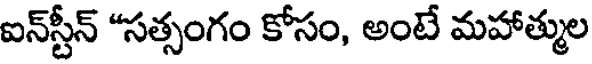
ఐన్స్టీన్ "సత్సంగం కోసం, అంటే మహాత్ముల